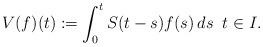
LaTeX: \begin{align*}V(f)(t):=\int_0^tS(t-s)f(s)\,ds\;\;t\in I.\end{align*}